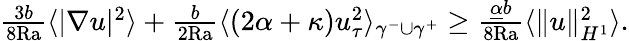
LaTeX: \begin{array}{r}{\frac{3b}{8\mathrm{{Ra}}}\langle|\nabla u|^{2}\rangle+\frac{b}{2{\mathrm{Ra}}}\langle(2\alpha+\kappa)u_{\tau}^{2}\rangle_{\gamma^{-}\cup\gamma^{+}}\geq\frac{\underline{{\alpha}}b}{8\mathrm{{Ra}}}\langle\| u\| _{H^{1}}^{2}\rangle.}\end{array}